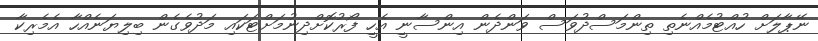
ނޭޕާލަށް ހުއްޓުމެއްނެތި ތިންމަސްދުވަސް ވަންދެން އިންސާނީ އެހީ ފޯރުކޮށްދިނުމަށްޓަކައި މަދުވެގެން ބިލިޔަނެއްހާ އެމެރިކާ